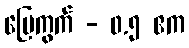
မြေကွက် - ၀.၅ ဧက